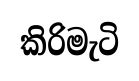
කිරිමැටි